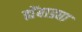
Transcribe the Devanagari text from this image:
ह्येंबाड्या